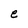
Character: e